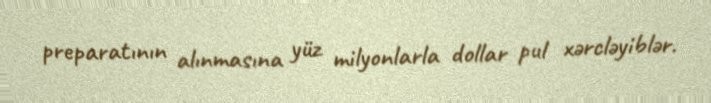
preparatının alınmasına yüz milyonlarla dollar pul xərcləyiblər.